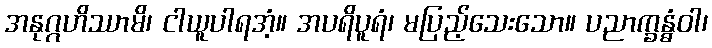
အနုဂ္ဂဟိဿာမိ၊ ငါယူပါရအံ့။ အပရိပူရံ၊ မပြည့်သေးသော။ ပညာက္ခန္ဓံဝါ၊